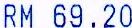
RM 69.20